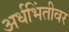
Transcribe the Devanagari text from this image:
अर्धभिंतीवर